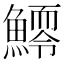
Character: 𩻆